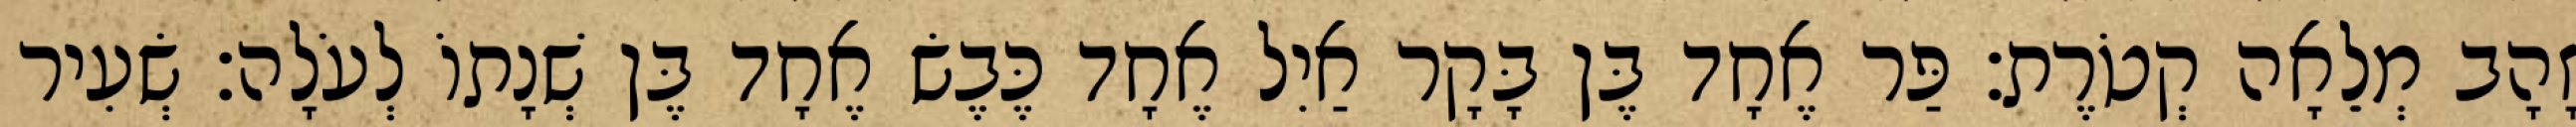
זָהָב מְלֵאָה קְטֹרֶת׃ פַּר אֶחָד בֶּן בָּקָר אַיִל אֶחָד כֶּבֶשׂ אֶחָד בֶּן שְׁנָתוֹ לְעֹלָה׃ שְׂעִיר